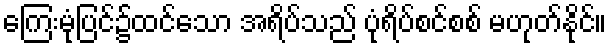
ကြေးမုံပြင်၌ထင်သော အရိပ်သည် ပုံရိပ်စင်စစ် မဟုတ်နိုင်။